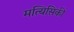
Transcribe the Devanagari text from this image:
मत्यिसिकी